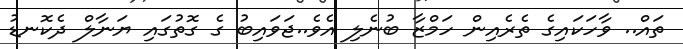
ތައް.. ވާހަކައިގެ ތެރެއިން ހަމްޒާ ބުނެލި އެވެ..ޖަވައިބު ގެ ގޮތުގައި ޔަނާލް ދެކޮނޑު